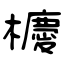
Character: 櫦